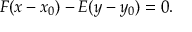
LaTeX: F ( x - x _ { 0 } ) - E ( y - y _ { 0 } ) = 0 .